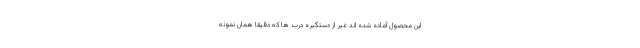
این محصول آماده شده اند غیر از دستگیره درب ها که دقیقا همان نمونه